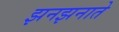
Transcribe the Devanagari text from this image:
झनझनाते